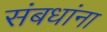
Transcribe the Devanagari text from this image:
संबधांना